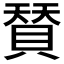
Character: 𮚌